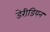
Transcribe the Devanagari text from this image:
डेरीडियन